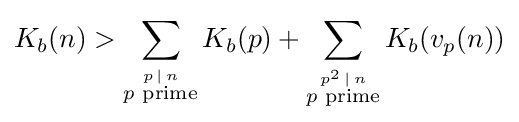
K_{b}(n)>\sum _{\stackrel {p\,\mid \,n}{p{\text{ prime}}}}K_{b}(p)+\sum _{\stackrel {p^{2}\,\mid \,n}{p{\text{ prime}}}}K_{b}(v_{p}(n))